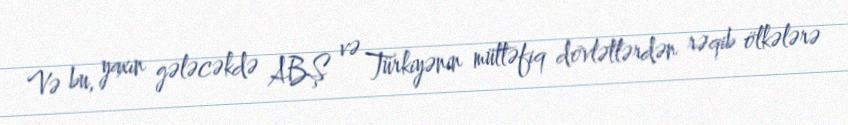
Və bu, yaxın gələcəkdə ABŞ və Türkiyənin müttəfiq dövlətlərdən rəqib ölkələrə